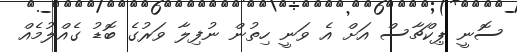
ސޮނީ ޕިކްޗާސް އަށް އެ ވަނީ ހިތުން ނުފިލާ ވަރުގެ ބޮޑު ގެއްލުމެއް